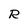
Character: R